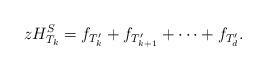
LaTeX: \begin{align*} zH_{T_k}^S = f_{T_k'} + f_{T_{k+1}'} + \cdots + f_{T_d'} .\end{align*}